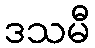
ဒသမီ